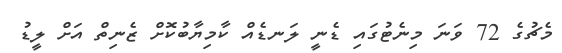
މެޗުގެ 72 ވަނަ މިނެޓުގައި ޑެނީ ލަނޑެއް ކާމިޔާބުކޮށް ޒެނިތް އަށް ލީޑު